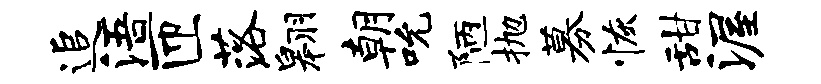
追浯匝落翱朝吮陋抛募恢甜渥